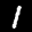
Label: 1